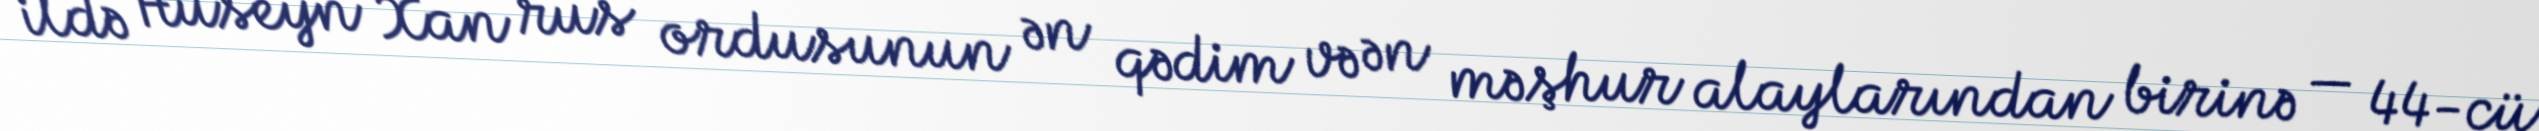
ildə Hüseyn Xan rus ordusunun ən qədim və ən məşhur alaylarından birinə — 44-cü